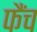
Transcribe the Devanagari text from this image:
फैंच